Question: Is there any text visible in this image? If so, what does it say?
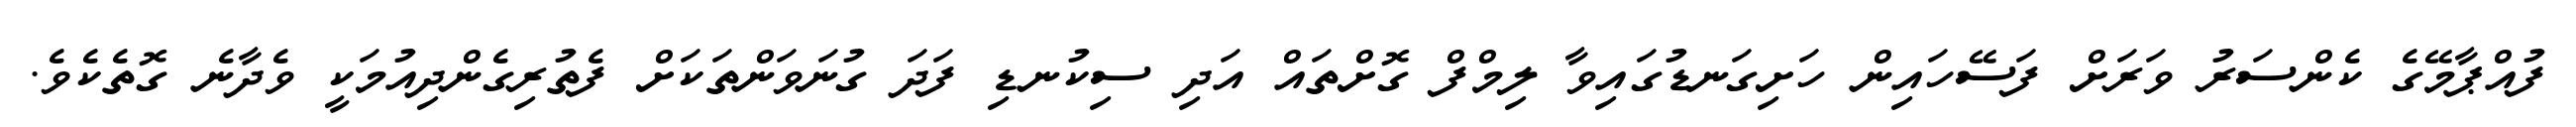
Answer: ފުއްޕާމޭގެ ކެންސަރު ވަރަށް ފަސޭހައިން ހަށިގަނޑުގައިވާ ލިމްފް ގޮށްތައް އަދި ސިކުނޑި ފަދަ ގުނަވަންތަކަށް ފެތުރިގެންދިއުމަކީ ވެދާނެ ގޮތެކެވެ.